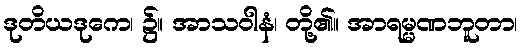
ဒုတိယဒုကေ၊ ၌။ အာသဝါနံ၊ တို့၏။ အာရမ္မဏဘူတာ၊